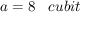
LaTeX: a = 8 \; \; \; c u b i t